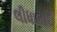
લીધાબાદ